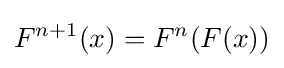
F^{n+1}(x)=F^{n}(F(x))